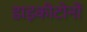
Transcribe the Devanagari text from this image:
डाइकीटोनों